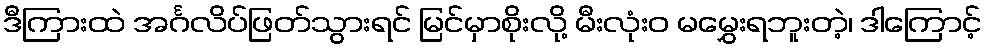
ဒီကြားထဲ အင်္ဂလိပ်ဖြတ်သွားရင် မြင်မှာစိုးလို့ မီးလုံးဝ မမွှေးရဘူးတဲ့၊ ဒါကြောင့်